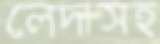
লেদাসহ